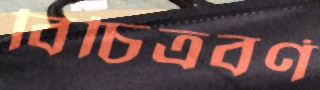
বিচিত্রবর্ণ